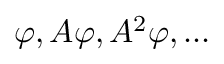
\varphi , A \varphi , A ^ { 2 } \varphi , \ldots